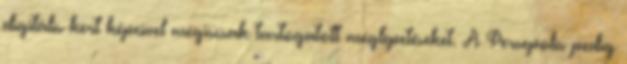
digitális kert képeivel mégiscsak tartogatott meglepetéseket. A Persepolis pedig